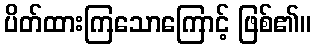
ပိတ်ထားကြသောကြောင့် ဖြစ်၏။